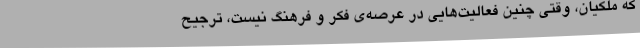
که ملکیان، وقتی چنین فعالیت‌هایی در عرصه‌ی فکر و فرهنگ نیست، ترجیح